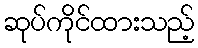
ဆုပ်ကိုင်ထားသည့်